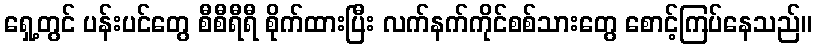
ရှေ့တွင် ပန်းပင်တွေ စီစီရီရီ စိုက်ထားပြီး လက်နက်ကိုင်စစ်သားတွေ စောင့်ကြပ်နေသည်။